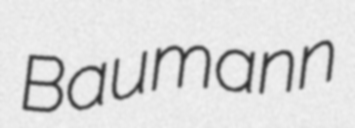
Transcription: Baumann